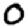
Digit: 0